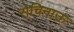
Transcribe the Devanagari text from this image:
रोचिनाऊ